65_HS1-834228961_62-HQ-83894_Section_4
Agency: FBI
Page 139
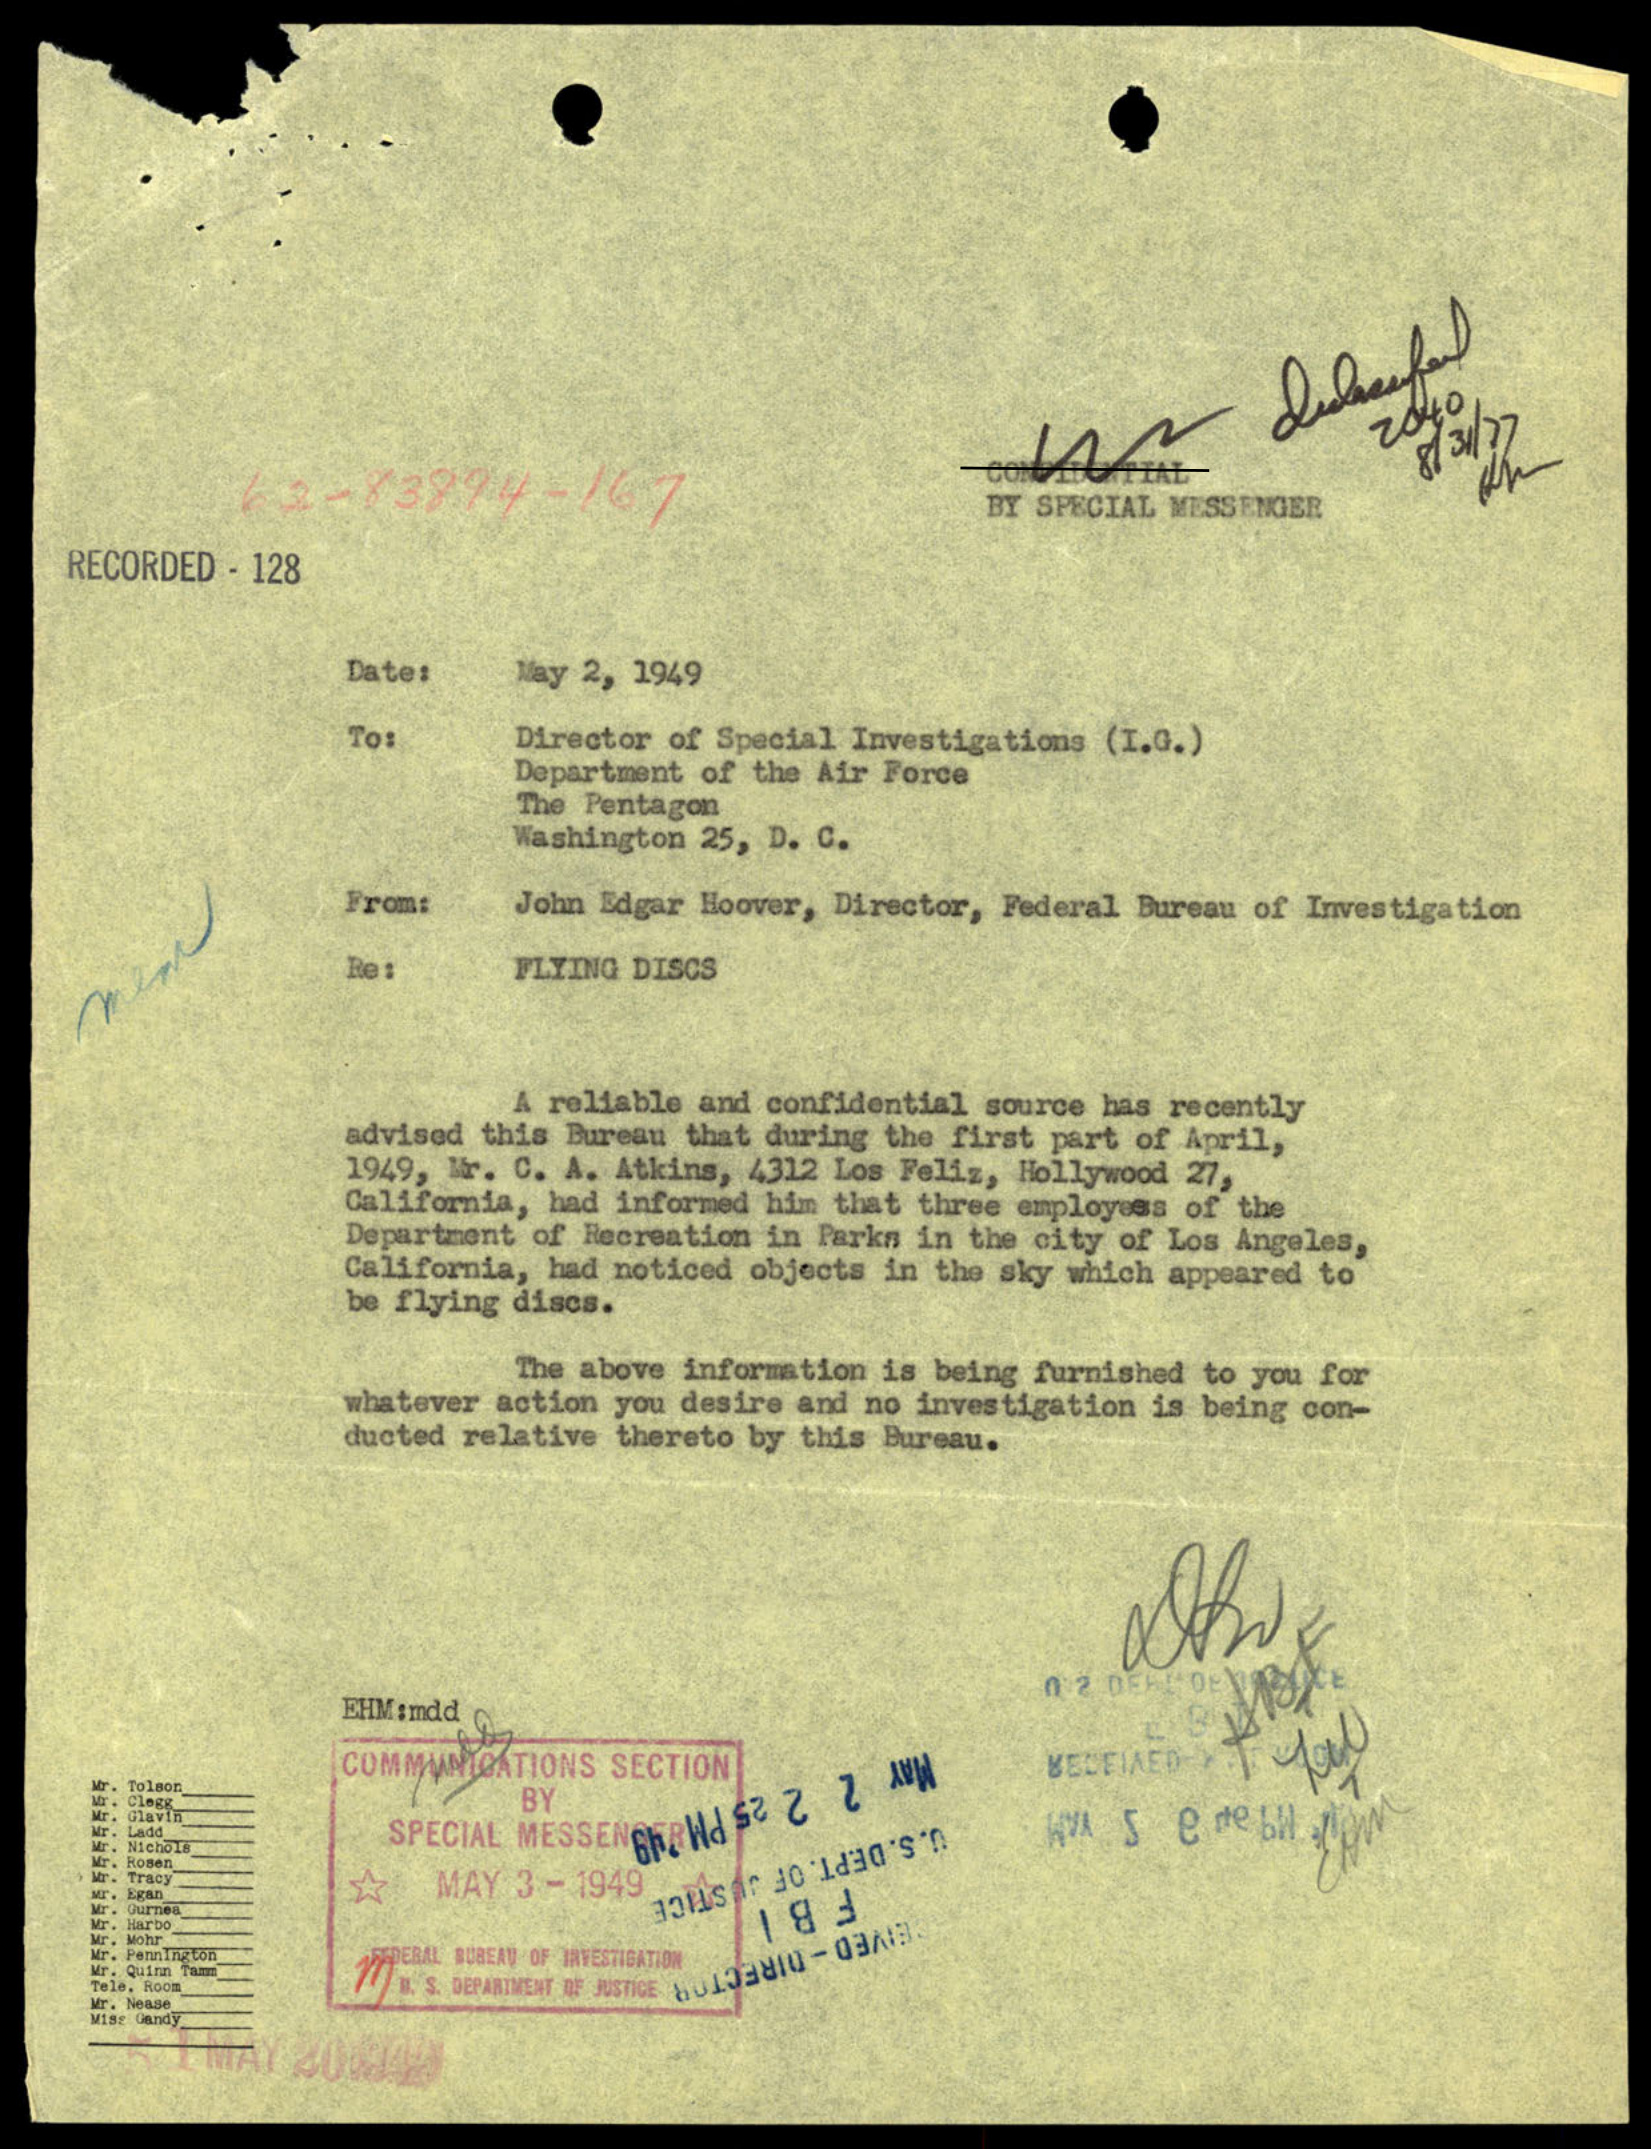